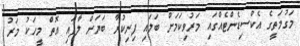
މަގުމަތީގެ އެކްސިޑެންޓެއްގައި މަރުވިކަމަށް ބަލައި ފިނިކުރާ ބަޔަށް ލާފައި އޮތް މީހަކު މަރު